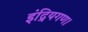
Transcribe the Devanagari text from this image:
इंद्रियगण।